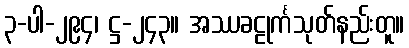
၃-ပါ-၂၉၄၊ ဋ္ဌ-၂၄၃။ အဿခဠုင်္ကသုတ်နည်းတူ။